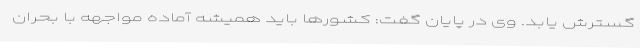
گسترش یابد. وی در پایان گفت: کشورها باید همیشه آماده مواجهه با بحران